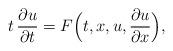
LaTeX: \begin{align*} t \,\frac{\partial u}{\partial t} = F \Bigl( t,x,u, \frac{\partial u}{\partial x} \Bigr),\end{align*}